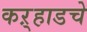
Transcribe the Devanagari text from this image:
कऱ्हाडचे